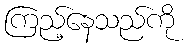
ကြည့်နေသည်ကို